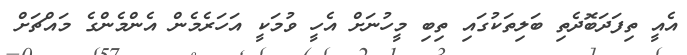
އެއީ ތިފަދަބޮދެތި ބަލިތަކުގައި ތިބި މީހުނަށް އެހީ ވުމަކީ އަހަރެމެން އެންމެންގެ މައްޗަށް